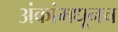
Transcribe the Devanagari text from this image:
अंकांमधूनच